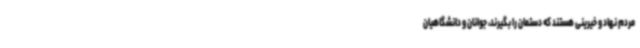
مردم نهاد و خیرینی هستند که دستمان را بگیرند، جوانان و دانشگاهیان